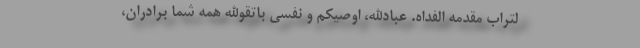
لتراب مقدمه الفداه. عبادالله، اوصیکم و نفسی باتقوالله همه شما برادران،